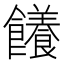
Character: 䭥